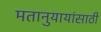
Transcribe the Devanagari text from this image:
मतानुयायांसाठी